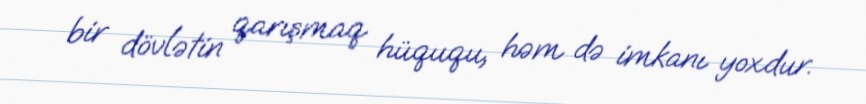
bir dövlətin qarışmaq hüququ, həm də imkanı yoxdur.